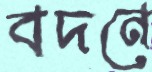
বদনে